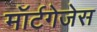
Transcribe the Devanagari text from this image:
मॉर्टगेजेस